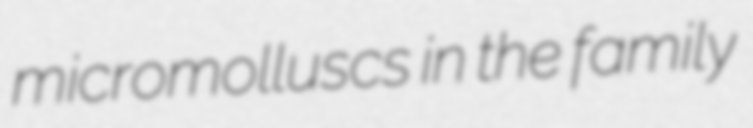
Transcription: micromolluscs in the family